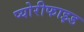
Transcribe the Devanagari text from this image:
प्योरीफाइड